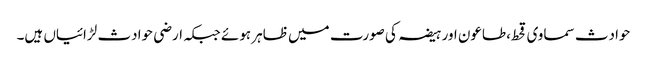
حوادث سماوی قحط،طاعون اور ہیضہ کی صورت میں ظاہر ہوئے جبکہ ارضی حوادث لڑائیاں ہیں۔